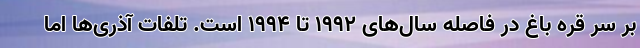
بر سر قره باغ در فاصله سال‌های 1992 تا 1994 است. تلفات آذری‌ها اما